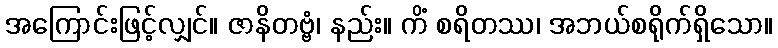
အကြောင်းဖြင့်လျှင်။ ဇာနိတဗ္ဗံ၊ နည်း။ ကိံ စရိတဿ၊ အဘယ်စရိုက်ရှိသော။